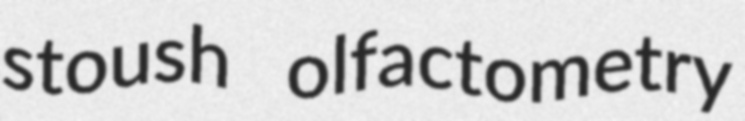
stoush olfactometry